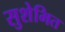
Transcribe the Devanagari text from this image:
सुशेभित